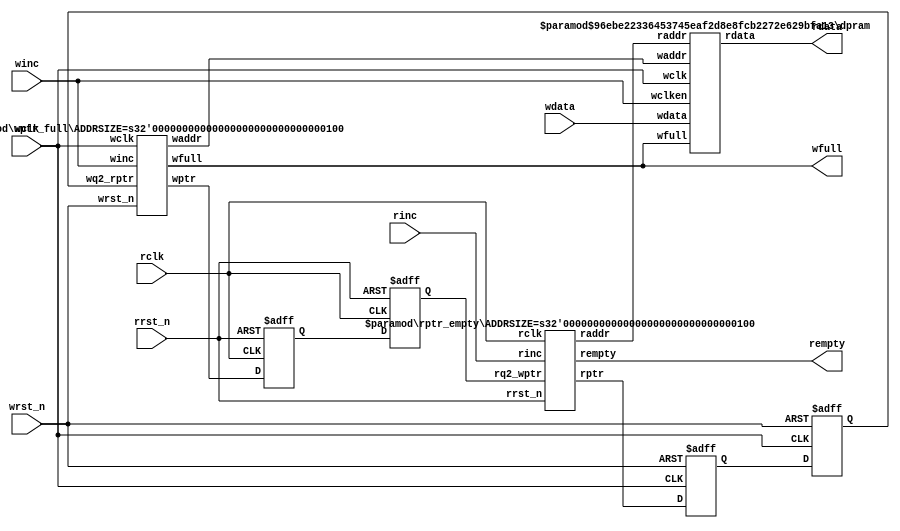
module fifo #(
	parameter DATASIZE = 8,
	parameter ADDRSIZE = 4
)(
	output wire [DATASIZE-1:0] rdata,
	output wire                wfull,
	output wire                rempty,
	input  wire [DATASIZE-1:0] wdata,
	input  wire                winc,
	input  wire                wclk,
	input  wire                wrst_n,
	input  wire                rinc,
	input  wire                rclk,
	input  wire                rrst_n
);
	wire [ADDRSIZE-1:0] waddr;
	wire [ADDRSIZE-1:0] raddr;
	wire [ADDRSIZE:0] wptr;
	wire [ADDRSIZE:0] rptr;
	reg [ADDRSIZE:0] wq2_rptr = 0;
	reg [ADDRSIZE:0] rq2_wptr = 0;

	dpram #(DATASIZE, ADDRSIZE) dpram (
		.rdata(rdata),
		.wdata(wdata),
		.waddr(waddr),
		.raddr(raddr),
		.wclken(winc),
		.wfull(wfull),
		.wclk(wclk)
	);

	//Synchronization read pointer into the write clock domain
	reg [ADDRSIZE:0] wq1_rptr = 0;
	always @(posedge wclk or negedge wrst_n) begin
		if( !wrst_n ) begin
			wq2_rptr <= 0;
			wq1_rptr <= 0;
		end else begin
			wq2_rptr <= wq1_rptr;
			wq1_rptr <= rptr;
		end
	end

	//Synchronize write pointer into the read clock domain
	reg [ADDRSIZE:0] rq1_wptr = 0;
	always @(posedge rclk or negedge rrst_n) begin
		if( !rrst_n ) begin
			rq2_wptr <= 0;
			rq1_wptr <= 0;
		end else begin
			rq2_wptr <= rq1_wptr;
			rq1_wptr <= wptr;
		end
	end

	rptr_empty #(ADDRSIZE) rptr_empty(
		.rempty(rempty),
		.raddr(raddr),
		.rptr(rptr),
		.rq2_wptr(rq2_wptr),
		.rinc(rinc),
		.rclk(rclk),
		.rrst_n(rrst_n)
	);
	wptr_full #(ADDRSIZE) wptr_full(
		.wfull(wfull),
		.waddr(waddr),
		.wptr(wptr),
		.wq2_rptr(wq2_rptr),
		.winc(winc),
		.wclk(wclk),
		.wrst_n(wrst_n)
	);
endmodule

//Synchronous dual port ram
module dpram #(
	parameter DATASIZE = 8,
	parameter ADDRSIZE = 4
)(
	input  wire wclk,
	input  wire wclken,
	input  wire wfull,
	input  wire [DATASIZE-1:0] wdata,
	input  wire [ADDRSIZE-1:0] waddr,
	input  wire [ADDRSIZE-1:0] raddr,
	output wire [DATASIZE-1:0] rdata
);
`ifdef ECP5
	//TODO
`else
	//An addrsize of 4bits gets a depth of 2^addrsize (equivalent to 0x01 << addrsize)
	localparam DEPTH = 1<<ADDRSIZE;
	reg [DATASIZE-1:0] storage [0:DEPTH-1];

	assign rdata = storage[raddr];
	always @(posedge wclk)
		if( wclken && !wfull ) storage[waddr] <= wdata;
`endif
endmodule

module rptr_empty #(
	parameter ADDRSIZE = 4
)(
	output reg rempty,
	output wire [ADDRSIZE-1:0] raddr,
	output reg  [ADDRSIZE:0] rptr,
	input  wire [ADDRSIZE:0] rq2_wptr,
	input  wire              rinc,
	input  wire              rclk,
	input  wire              rrst_n
);
	initial begin
		rptr = 0;
		rempty = 1;
	end
	reg  [ADDRSIZE:0] rbin = 0;
	wire [ADDRSIZE:0] rgraynext;
	wire [ADDRSIZE:0] rbinnext;

	always @(posedge rclk or negedge rrst_n) begin
		if(!rrst_n) begin
			rbin <= 0;
			rptr <= 0;
		end
		else begin
			rbin <= rbinnext;
			rptr <= rgraynext;
		end
	end

	assign raddr = rbin[ADDRSIZE-1:0];
	assign rbinnext = rbin + (rinc & ~rempty);
	assign rgraynext = (rbinnext >> 1) ^ rbinnext;

	assign rempty_val = (rgraynext == rq2_wptr);
	
	always @(posedge rclk or negedge rrst_n) begin
		if( !rrst_n ) rempty <= 1'b1;
		else          rempty <= rempty_val;
	end
endmodule

module wptr_full #(
	parameter ADDRSIZE = 4
)(
	output reg                 wfull,
	output wire [ADDRSIZE-1:0] waddr,
	output reg  [ADDRSIZE  :0] wptr,
	input  wire [ADDRSIZE  :0] wq2_rptr,
	input  wire                winc,
	input  wire                wclk,
	input  wire                wrst_n
);
	initial begin
		wfull = 0;
		wptr  = 0;
	end
	reg [ADDRSIZE:0] wbin = 0;
	wire [ADDRSIZE:0] wgraynext;
	wire [ADDRSIZE:0] wbinnext;

	always @(posedge wclk or negedge wrst_n) begin
		if( !wrst_n ) begin
			wbin <= 0;
			wptr <= 0;
		end else begin
			wbin <= wbinnext;
			wptr <= wgraynext;
		end
	end
	
	assign waddr = wbin[ADDRSIZE-1:0];
	
	assign wbinnext = wbin + (winc & ~wfull);
	assign wgraynext = (wbinnext>>1) ^ wbinnext;

	assign wfull_val = (
		( wgraynext[ADDRSIZE-0]   != wq2_rptr[ADDRSIZE-0]   ) &&
		( wgraynext[ADDRSIZE-1]   != wq2_rptr[ADDRSIZE-1]   ) &&
		( wgraynext[ADDRSIZE-2:0] == wq2_rptr[ADDRSIZE-2:0] )
	);


	always @(posedge wclk or negedge wrst_n) begin
		if( !wrst_n ) wfull <= 1'b0;
		else          wfull <= wfull_val;
	end
endmodule